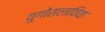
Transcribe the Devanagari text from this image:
युगोसलाविया